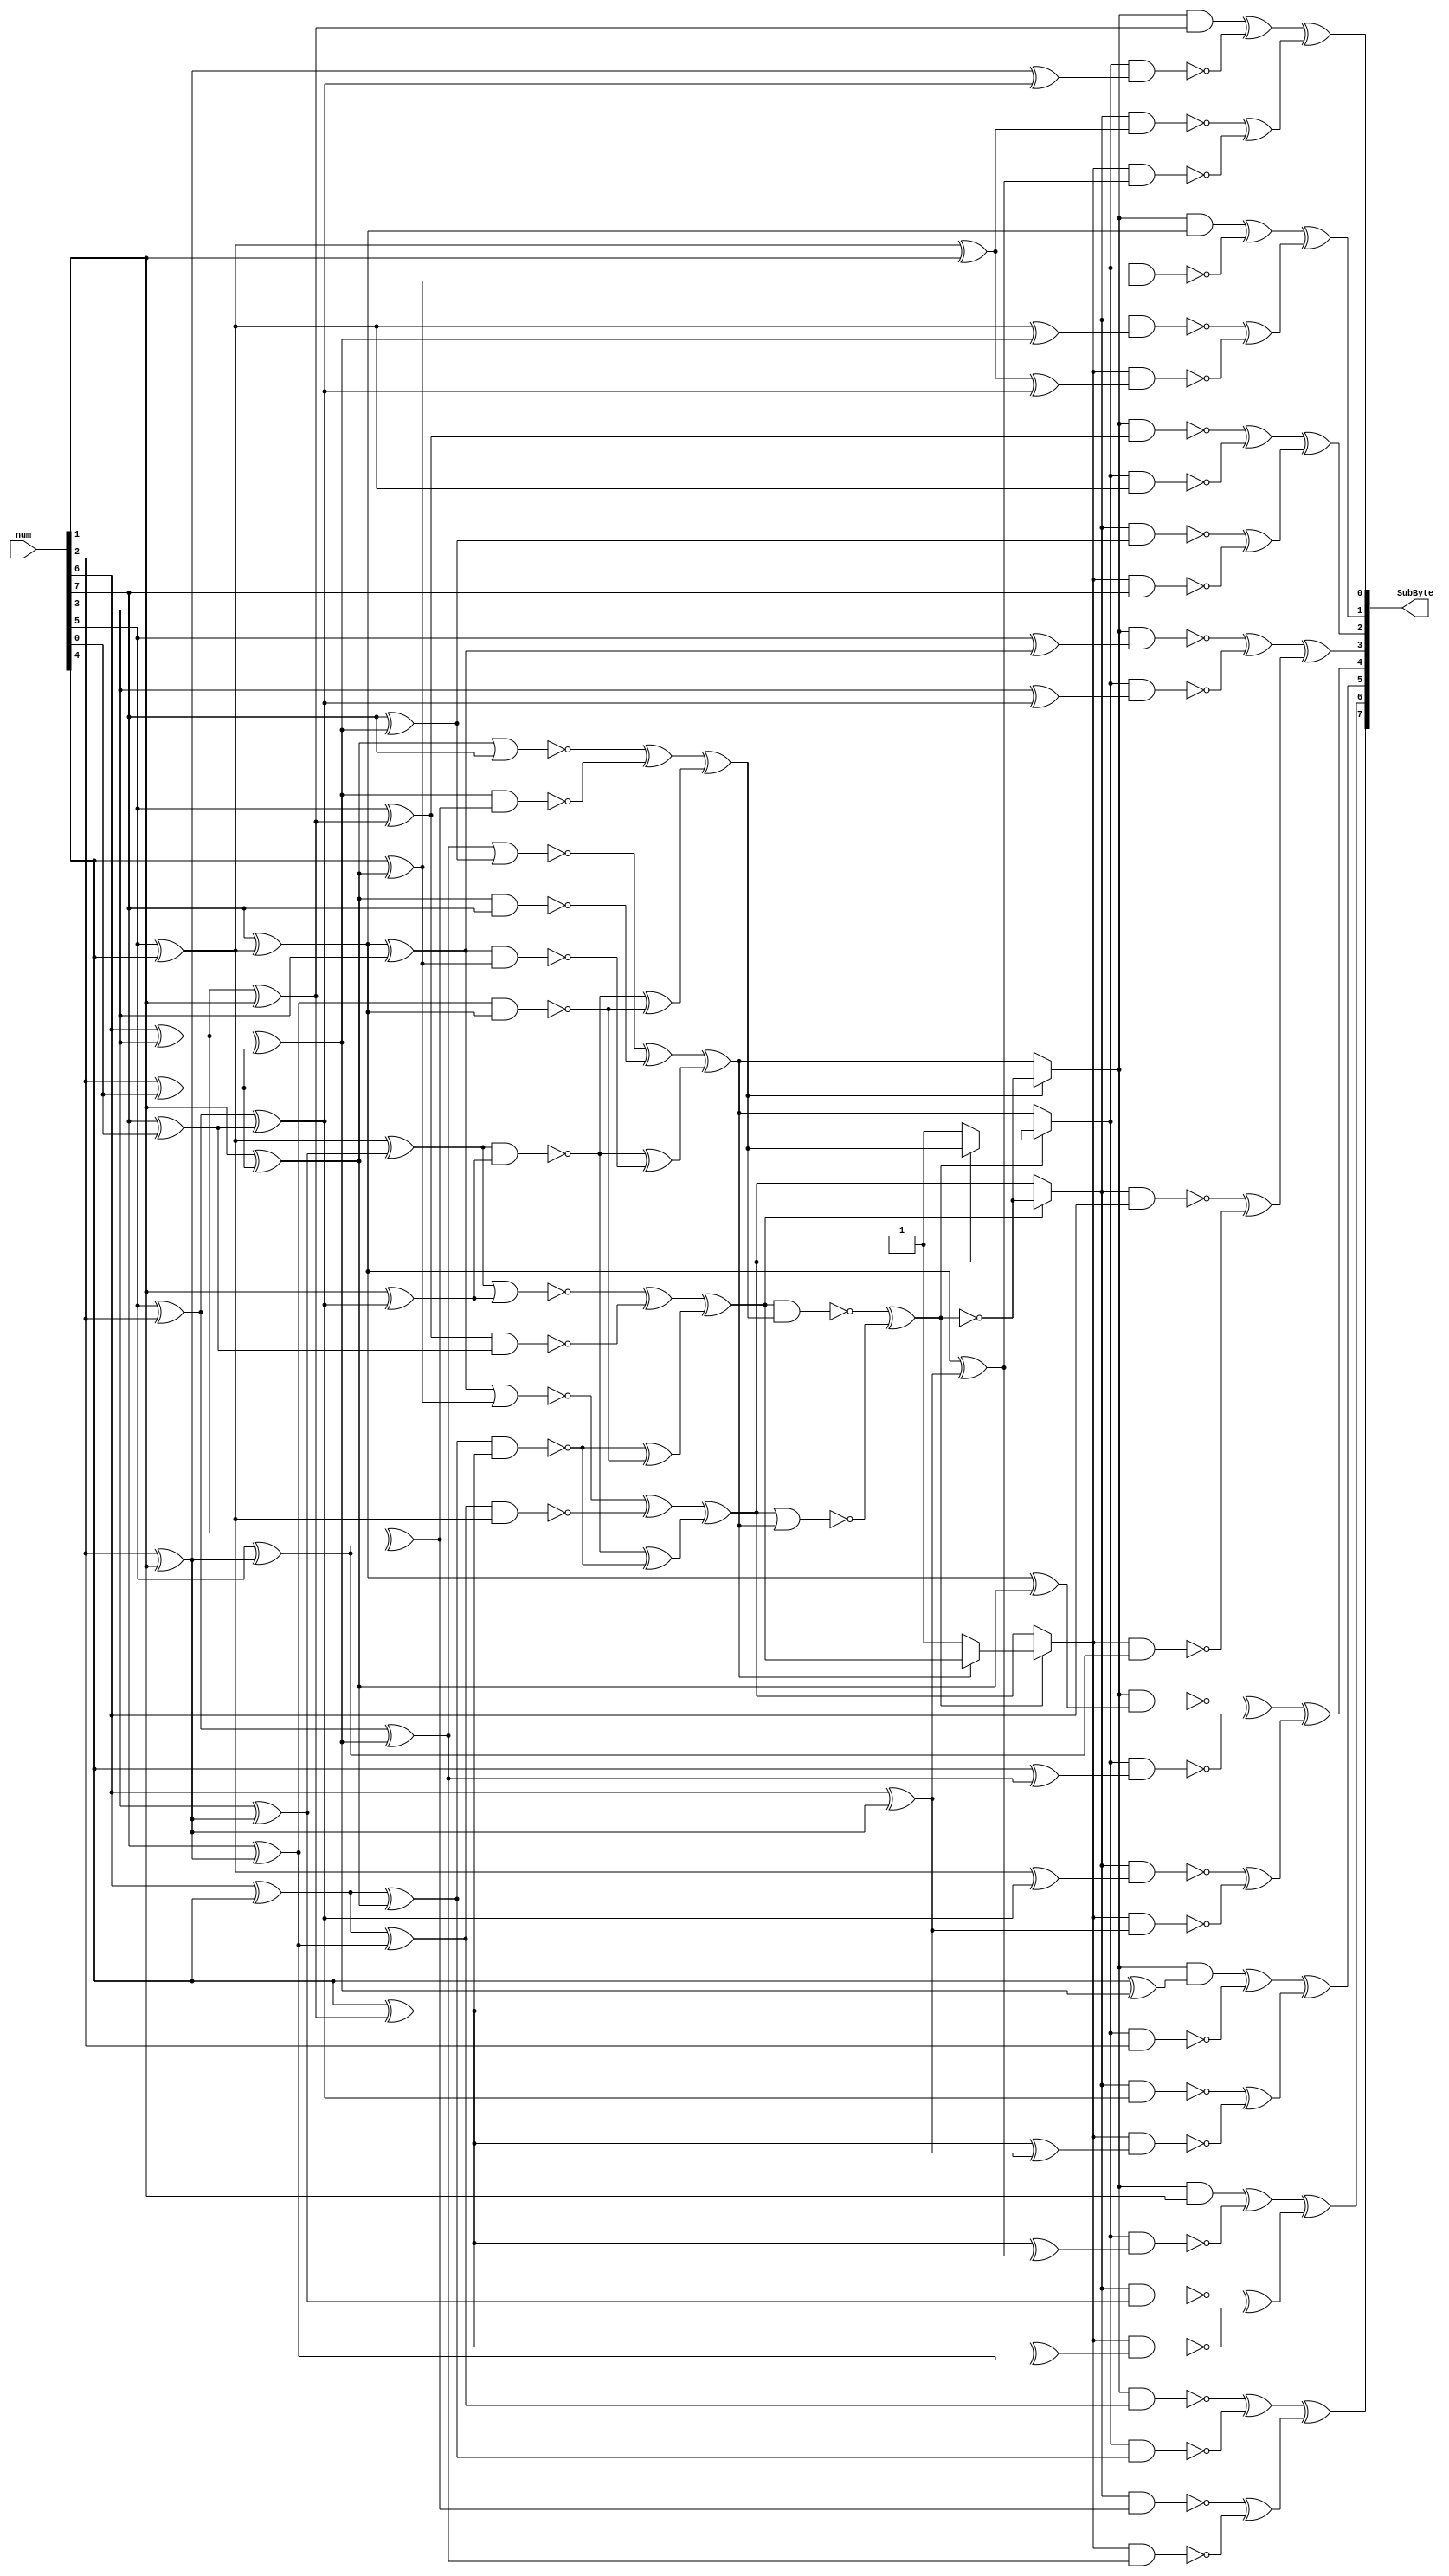
// https://doi.org/10.13154/tches.v2019.i4.91-125
module sbox(
	output [7:0] SubByte,
	input [7:0] num
	);
	
	wire[0:7] R, U;

	assign U = num;
	assign SubByte = R;

//ftop.d
assign Z18 = U[1]  ^ U[4];
assign L28 = Z18 ^ U[6];
assign Q0  = U[2]  ^ L28;
assign Z96 = U[5]  ^ U[6];
assign Q1  = U[0]  ^ Z96;
assign Z160= U[5]  ^ U[7];
assign Q2  = U[6]  ^ Z160;
assign Q11 = U[2]  ^ U[3];
assign L6  = U[4]  ^ Z96;
assign Q3  = Q11 ^ L6;
assign Q16 = U[0]  ^ Q11;
assign Q4  = Q16 ^ U[4];
assign Q5  = Z18 ^ Z160;
assign Z10 = U[1]  ^ U[3];
assign Q6  = Z10 ^ Q2;
assign Q7  = U[0]  ^ U[7];
assign Z36 = U[2]  ^ U[5];
assign Q8  = Z36 ^ Q5;
assign L19 = U[2]  ^ Z96;
assign Q9  = Z18 ^ L19;
assign Q10 = Z10 ^ Q1;
assign Q12 = U[3]  ^ L28;
assign Q13 = U[3]  ^ Q2;
assign L10 = Z36 ^ Q7;
assign Q14 = U[6]  ^ L10;
assign Q15 = U[0]  ^ Q5;
assign L8  = U[3]  ^ Q5;
assign L12 = Q16 ^ Q2;
assign L16 = U[2]  ^ Q4;
assign L15 = U[1]  ^ Z96;
assign L31 = Q16 ^ L15;
assign L5  = Q12 ^ L31;
assign L13 = U[3]  ^ Q8;
assign L17 = U[4]  ^ L10;
assign L29 = Z96 ^ L10;
assign L14 = Q11 ^ L10;
assign L26 = Q11 ^ Q5;
assign L30 = Q11 ^ U[6];
assign L7  = Q12 ^ Q1;
assign L11 = Q12 ^ L15;
assign L27 = L30 ^ L10;
assign Q17 = U[0];
assign L0  = Q10;
assign L4  = U[6];
assign L20 = Q0;
assign L24 = Q16;
assign L1  = Q6;
assign L9  = U[5];
assign L21 = Q11;
assign L25 = Q13;
assign L2  = Q9;
assign L18 = U[1];
assign L22 = Q15;
assign L3  = Q8;
assign L23 = U[0];

//mulx.a
assign T20 = ~(Q6 & Q12);
assign T21 = ~(Q3 & Q14);
assign T22 = ~(Q1 & Q16);
assign T10 = (~(Q3 | Q14) ^ ~(Q0 & Q7));
assign T11 = (~(Q4 | Q13) ^ ~(Q10 & Q11));
assign T12 = (~(Q2 | Q17) ^ ~(Q5 & Q9));
assign T13 = (~(Q8 | Q15) ^ ~(Q2 & Q17));
assign X0 = T10 ^ (T20 ^ T22);
assign X1 = T11 ^ (T21 ^ T20);
assign X2 = T12 ^ (T21 ^ T22);
assign X3 = T13 ^ (T21 ^ ~(Q4 & Q13));

//inv.a
assign T0 = ~(X0 & X2);
assign T1 = ~(X1 | X3);
assign T2 = ~(T0 ^ T1);
// assign Y0 = MUX(X2, T2, X3);
// assign Y2 = MUX(X0, T2, X1);
// assign T3 = MUX(X1, X2, 1);
// assign Y1 = MUX(T2, X3, T3);
// assign T4 = MUX(X3, X0, 1);
// assign Y3 = MUX(T2, X1, T4);
assign Y0 = X2?T2:X3;
assign Y2 = X0?T2:X1;
assign T3 = X1?X2:1'b1;
assign Y1 = T2?X3:T3;
assign T4 = X3?X0:1'b1;
assign Y3 = T2?X1:T4;

//mull.f
assign K4  = (Y0 & L4 );
assign K8  = (Y0 & L8 );
assign K24 = (Y0 & L24);
assign K28 = (Y0 & L28);

//mull.d
assign K0  = ~(Y0 & L0 );
assign K12 = ~(Y0 & L12);
assign K16 = ~(Y0 & L16);
assign K20 = ~(Y0 & L20);
assign K1  = ~(Y1 & L1 );
assign K5  = ~(Y1 & L5 );
assign K9  = ~(Y1 & L9 );
assign K13 = ~(Y1 & L13);
assign K17 = ~(Y1 & L17);
assign K21 = ~(Y1 & L21);
assign K25 = ~(Y1 & L25);
assign K29 = ~(Y1 & L29);
assign K2  = ~(Y2 & L2 );
assign K6  = ~(Y2 & L6 );
assign K10 = ~(Y2 & L10);
assign K14 = ~(Y2 & L14);
assign K18 = ~(Y2 & L18);
assign K22 = ~(Y2 & L22);
assign K26 = ~(Y2 & L26);
assign K30 = ~(Y2 & L30);
assign K3  = ~(Y3 & L3 );
assign K7  = ~(Y3 & L7 );
assign K11 = ~(Y3 & L11);
assign K15 = ~(Y3 & L15);
assign K19 = ~(Y3 & L19);
assign K23 = ~(Y3 & L23);
assign K27 = ~(Y3 & L27);
assign K31 = ~(Y3 & L31);

//8xor4.d
assign R[0] = (K0  ^ K1 ) ^ (K2  ^ K3 );
assign R[1] = (K4  ^ K5 ) ^ (K6  ^ K7 );
assign R[2] = (K8  ^ K9 ) ^ (K10 ^ K11);
assign R[3] = (K12 ^ K13) ^ (K14 ^ K15);
assign R[4] = (K16 ^ K17) ^ (K18 ^ K19);
assign R[5] = (K20 ^ K21) ^ (K22 ^ K23);
assign R[6] = (K24 ^ K25) ^ (K26 ^ K27);
assign R[7] = (K28 ^ K29) ^ (K30 ^ K31);
endmodule